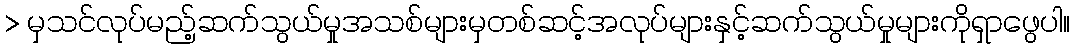
> မှသင်လုပ်မည့်ဆက်သွယ်မှုအသစ်များမှတစ်ဆင့်အလုပ်များနှင့်ဆက်သွယ်မှုများကိုရှာဖွေပါ။